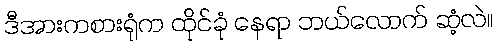
ဒီအားကစားရုံက ထိုင်ခုံ နေရာ ဘယ်လောက် ဆံ့လဲ။